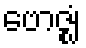
ဗောဇ္ဈံ